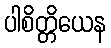
ပါစိတ္တိယေန